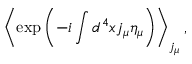
\left< \exp \left( - i \int d ^ { 4 } x j _ { \mu } \eta _ { \mu } \right) \right> _ { j _ { \mu } } ,